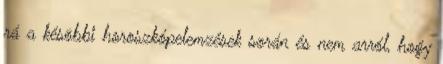
rá a késõbbi horoszkópelemzések során és nem arról, hogy